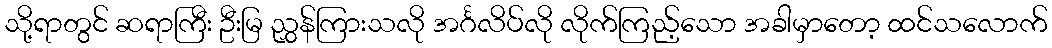
သို့ရာတွင် ဆရာကြီး ဦးမြ ညွှန်ကြားသလို အင်္ဂလိပ်လို လိုက်ကြည့်သော အခါမှာတော့ ထင်သလောက်